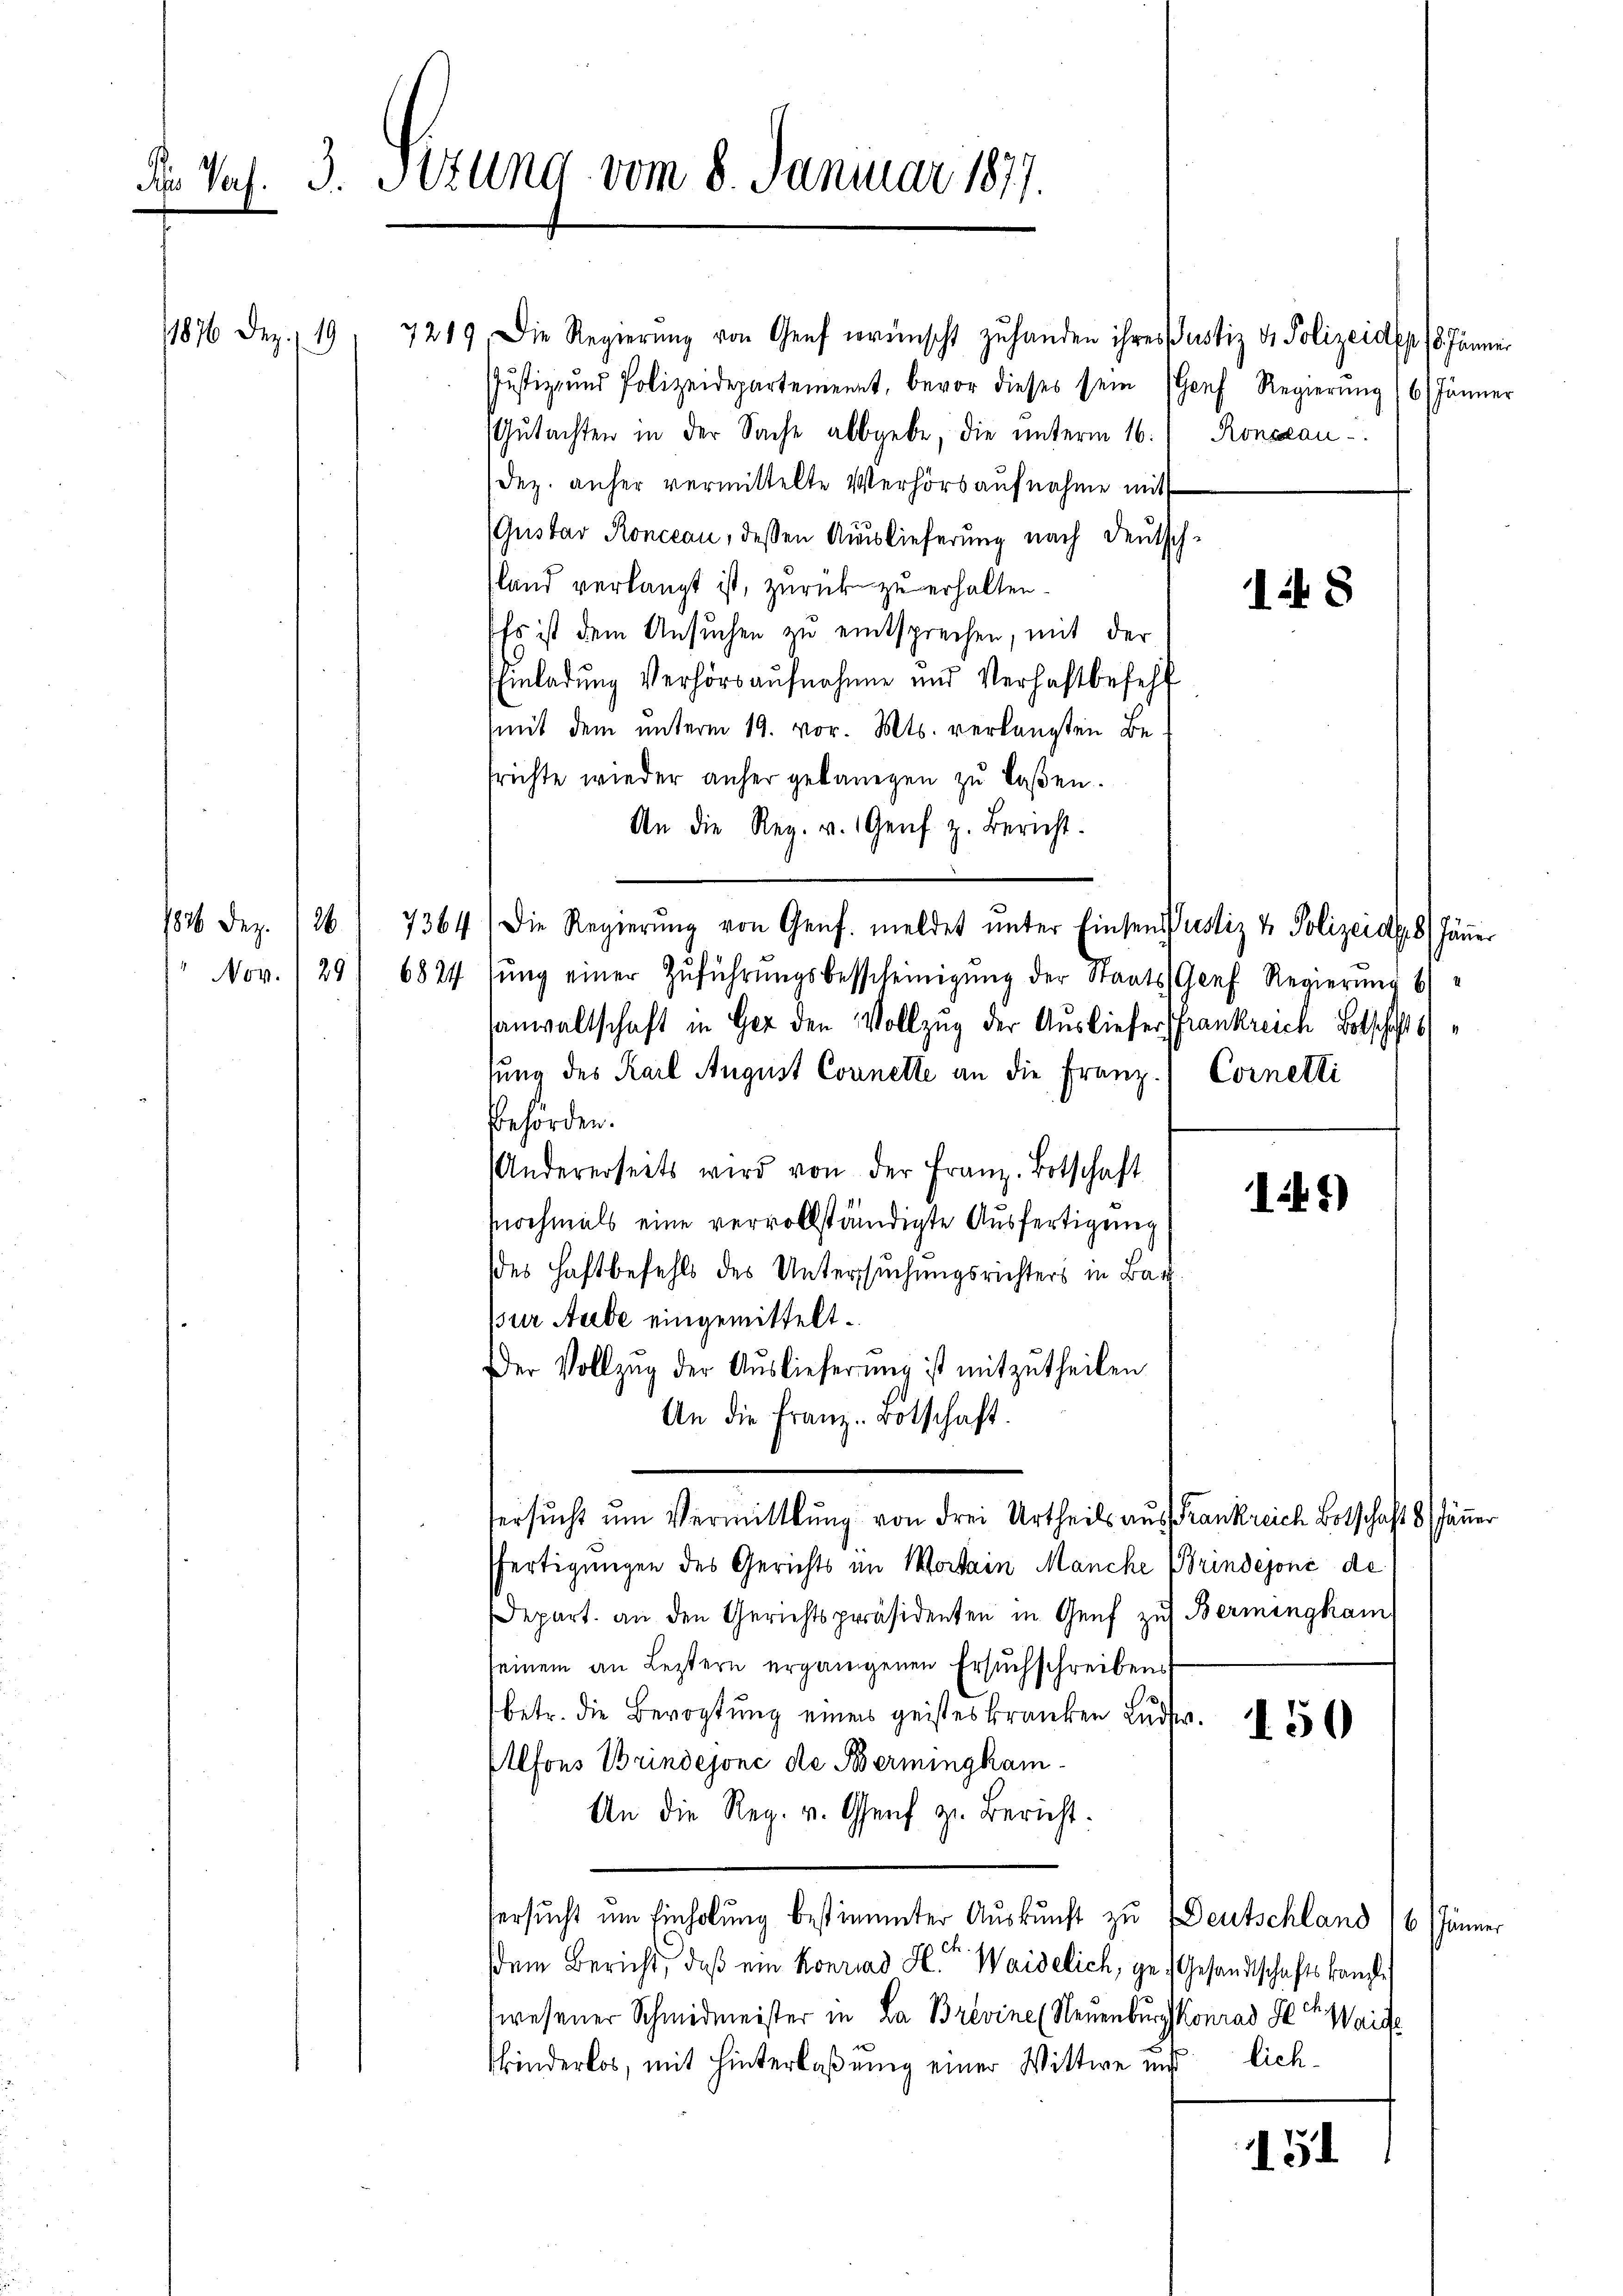
Der Vas. 3. Sitzung vom 8. Januar 1877.

1886 Dez. 126.
Nov. 129

1876 Dez. 19. 7219. Die Regierŭng von Genf wünscht zŭ handen ihres notiz & Polizeidep. 18. Jänner
Justiz- und Polizeidepartement, bevor dieses sein (Genf Regierŭng (6) Jänner

Gutachten in der Sache abbgebe, die unterm 16. Ronscan
Dez. anher vermittelte Verhörsaufnahme mit
(Gustav Roncean, dessen Auslieferung nach Deutsch-
sland verlangt ist, zurück zu erhalten.
Es ist dem Ansuchen zu entsprechen, mit der
Einladung Verhörsaufnahme und Verhaftbefehl
mit dem unterm 19. vor. Mts. verlangten Befrichte wieder anher gekanngen zu laßen.
An die Reg. v. Genf z. Bericht.
6824 fŭng einer Zuführŭngsbescheinigŭng der Staats- Genf Regierung b
sanwaltschaft in Ger den Vollzug der Ausliefer Frankreich Botschafts
sung des Karl August Connette an die Franz Cornetli
Behörden.
Andererseits wird von der Franz. Botschaft
nochmals eine vervollständigte Ausfertigung
des Haftbefehls des Untersuchungsrichters in Bar
pur Aude eingemittelt.
Der Vollzug der Auslieferung ist mitzŭtheilen
An die Franz. Botschaft.
Versucht um Vermittlung von drei Urtheils aus Frankreich Botschaft 8. Jänner
fertigungen des Gerichts im Wortain Manche Brindejoné de
Depart. an den Gerichtspräsidenten in Genf zu Bermingkam
seinem an Leztern ergangenen Ersuchschreibens
betr. die Bevogtŭng eines geisteskranken Lŭdw.
Alfons Brindejonc de Bermingkam¬
An die Reg. v. Genf zu Bericht.
Versucht um Einholung bestimmter Auskunft zu Deutschland 16. Jänne
sdem Bericht, daß ein Konrad H. Waidelich, ge- Gesandtschaftskanzl
wesener Schmidmeister in La Brevine (Neuenburg Konrad S. Waise
Kinderlos, mit Hinterlaßung einer Wittwe und lich¬
15

7364) Die Regierŭng von Genf. meldet ŭnter Einsen Justiz & Polizeide.8) Häuer

18

I47)